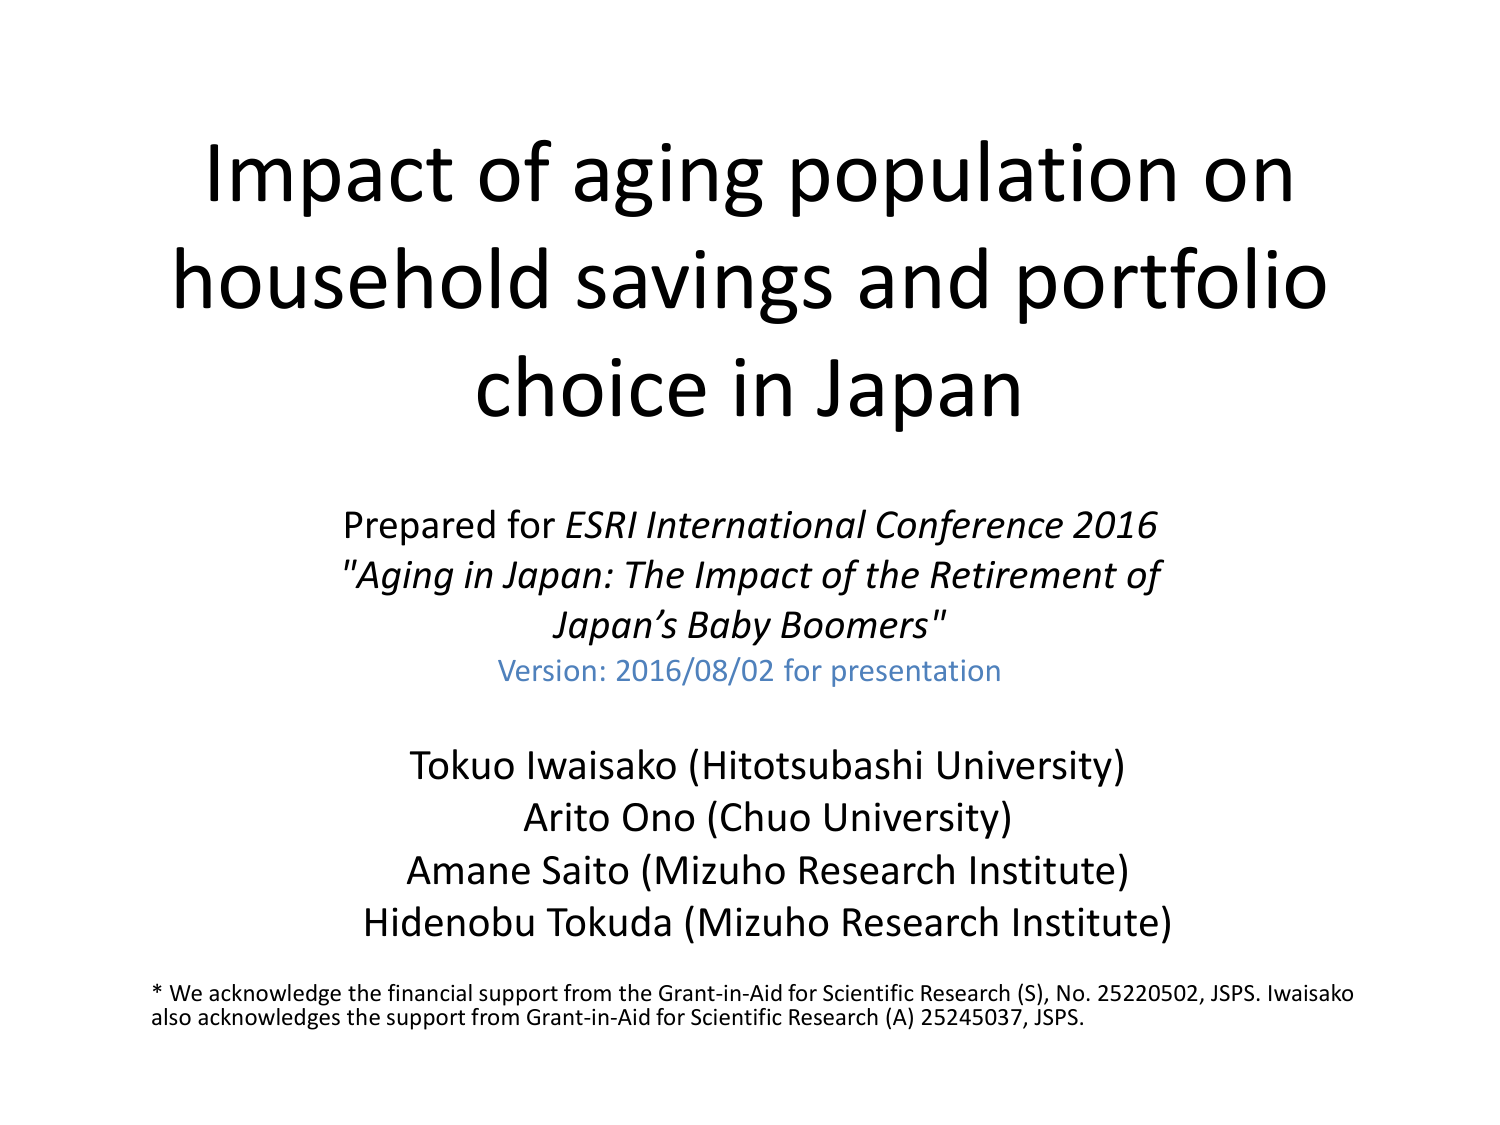
Impact of aging population on
household savings and portfolio
choice in Japan

Prepared for ESRI International Conference 2016
"Aging in Japan: The Impact of the Retirement of
Japan’s Baby Boomers"
Version: 2016/08/02 for presentation

Tokuo Iwaisako (Hitotsubashi University)
Arito Ono (Chuo University)
Amane Saito (Mizuho Research Institute)
Hidenobu Tokuda (Mizuho Research Institute)

* We acknowledge the financial support from the Grant-in-Aid for Scientific Research (S), No. 25220502, JSPS. Iwaisako also acknowledges the support from Grant-in-Aid for Scientific Research (A) 25245037, JSPS.